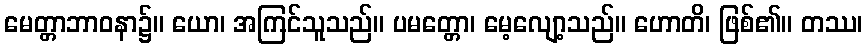
မေတ္တာဘာဝနာ၌။ ယော၊ အကြင်သူသည်။ ပမတ္တော၊ မေ့လျော့သည်။ ဟောတိ၊ ဖြစ်၏။ တဿ၊